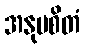
အနုပစိတံ